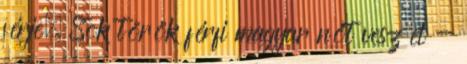
férje. Sok török férfi magyar nőt vesz el -